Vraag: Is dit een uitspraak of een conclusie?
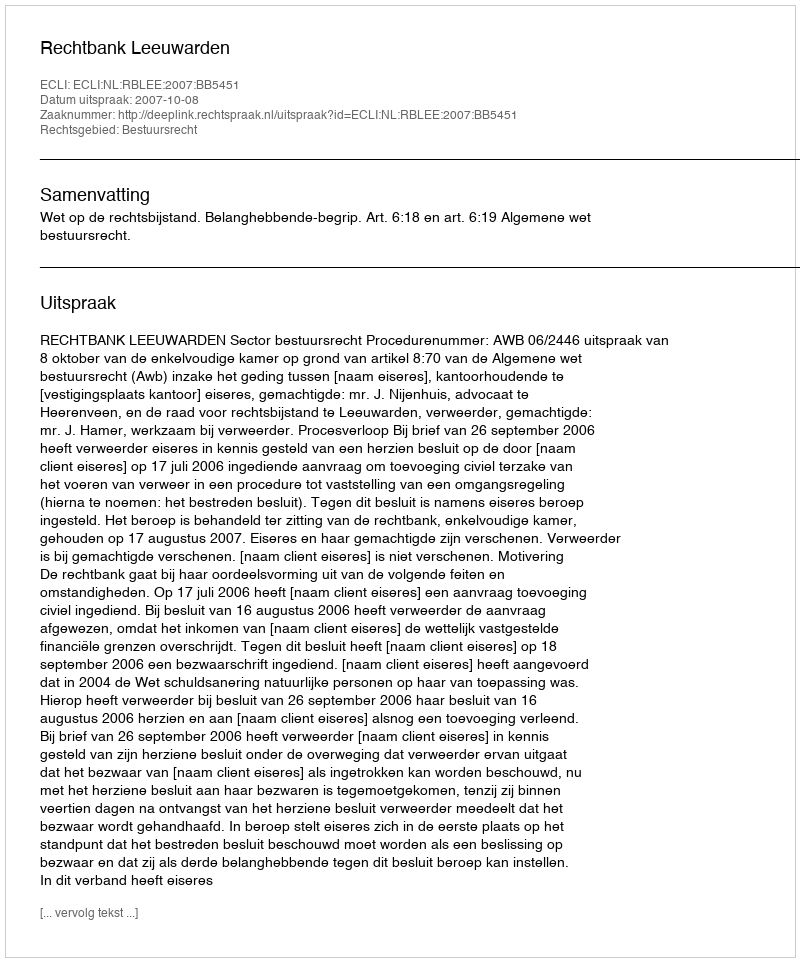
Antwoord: Uitspraak